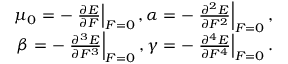
\begin{array} { r } { \mu _ { 0 } = - \left. \frac { \partial E } { \partial F } \right| _ { F = 0 } , \alpha = - \left. \frac { \partial ^ { 2 } E } { \partial F ^ { 2 } } \right| _ { F = 0 } , } \\ { \beta = - \left. \frac { \partial ^ { 3 } E } { \partial F ^ { 3 } } \right| _ { F = 0 } , \gamma = - \left. \frac { \partial ^ { 4 } E } { \partial F ^ { 4 } } \right| _ { F = 0 } . } \end{array}